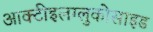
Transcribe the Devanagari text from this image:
आक्टीइलग्लुकोसाइड